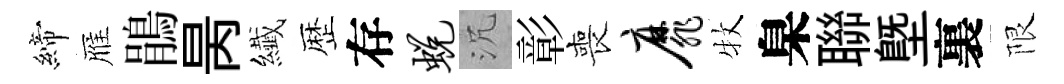
締雁鵑昺纎歴存蜕沉彰喪靡牧臬聯塈裏限